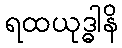
ရထယုဒ္ဓါနိ